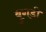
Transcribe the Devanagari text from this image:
बुगडी